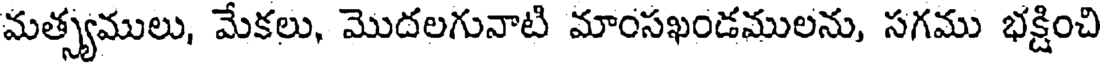
మత్స్యములు, మేకలు, మొదలగునాటి మాంసఖండములను, సగము భక్షించి